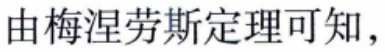
由梅涅劳斯定理可知，